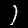
Digit: 1